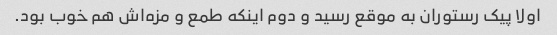
اولا پیک رستوران به موقع رسید و دوم اینکه طمع و مزه‌اش هم خوب بود.